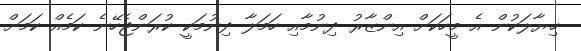
ޚިޔާލަކުން އެ މީހަކަށް އިންޒާރު ދިނުމާއި ހަމަލާ ދިނުމަކީ ކުރަންޖެހޭނެ ކަމެއް ކަމަށް